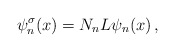
\begin{align*}\psi_n^\sigma(x)=N_nL\psi_n(x)\,,\end{align*}